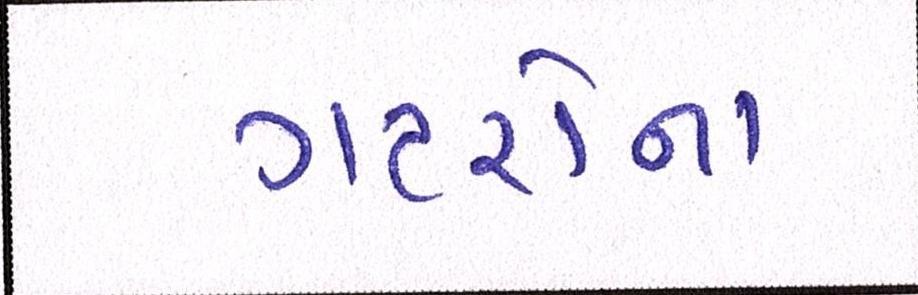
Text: ગટરોના